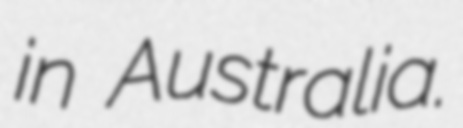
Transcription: in Australia.